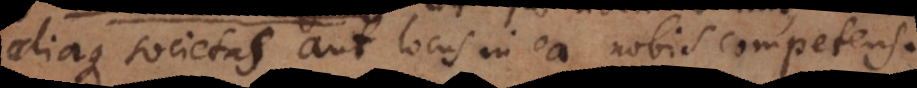
aliaque societas aut locus in ea nobis competens.